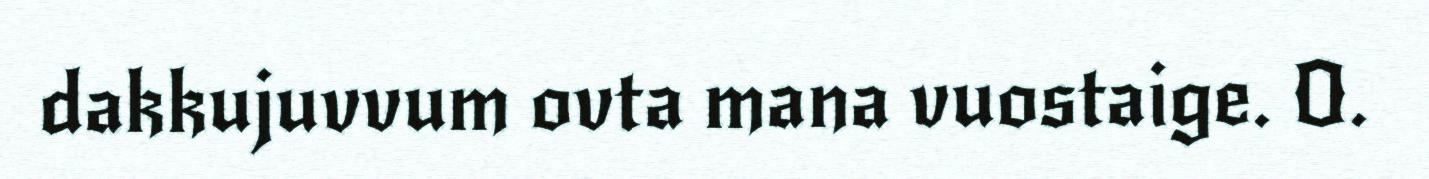
dakkujuvvum ovta mana vuostaige. O.